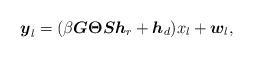
LaTeX: \begin{align*} \boldsymbol{y}_l = (\beta\boldsymbol{G} \boldsymbol{\Theta}\boldsymbol{S}\boldsymbol{h}_r + \boldsymbol{h}_d )x_l + \boldsymbol{w}_l,\end{align*}